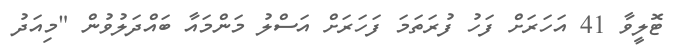
ޓޮލީވާ 41 އަހަރަށް ފަހު ފުރަތަމަ ފަހަރަށް އަސްލު މަންމައާ ބައްދަލުވުން "މިއަދު